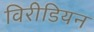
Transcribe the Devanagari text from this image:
विरीडियन